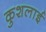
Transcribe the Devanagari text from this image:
कुशलाई